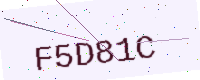
Text: F5D81C